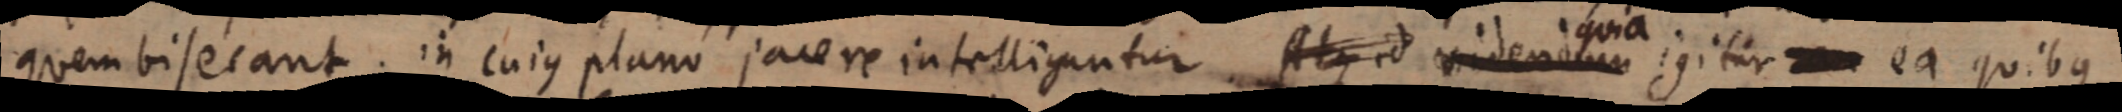
quem viserant in cujus plano jacere intelliguntur. Atque id videndum quia igitur ea quibus